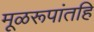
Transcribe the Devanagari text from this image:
मूळरूपांतहि